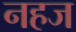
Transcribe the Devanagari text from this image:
नहज